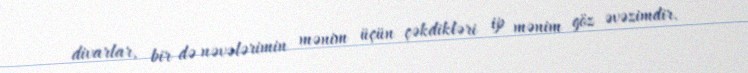
divarlar, bir də nəvələrimin mənim üçün çəkdikləri ip mənim göz əvəzimdir.